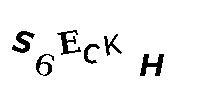
S6ECKH